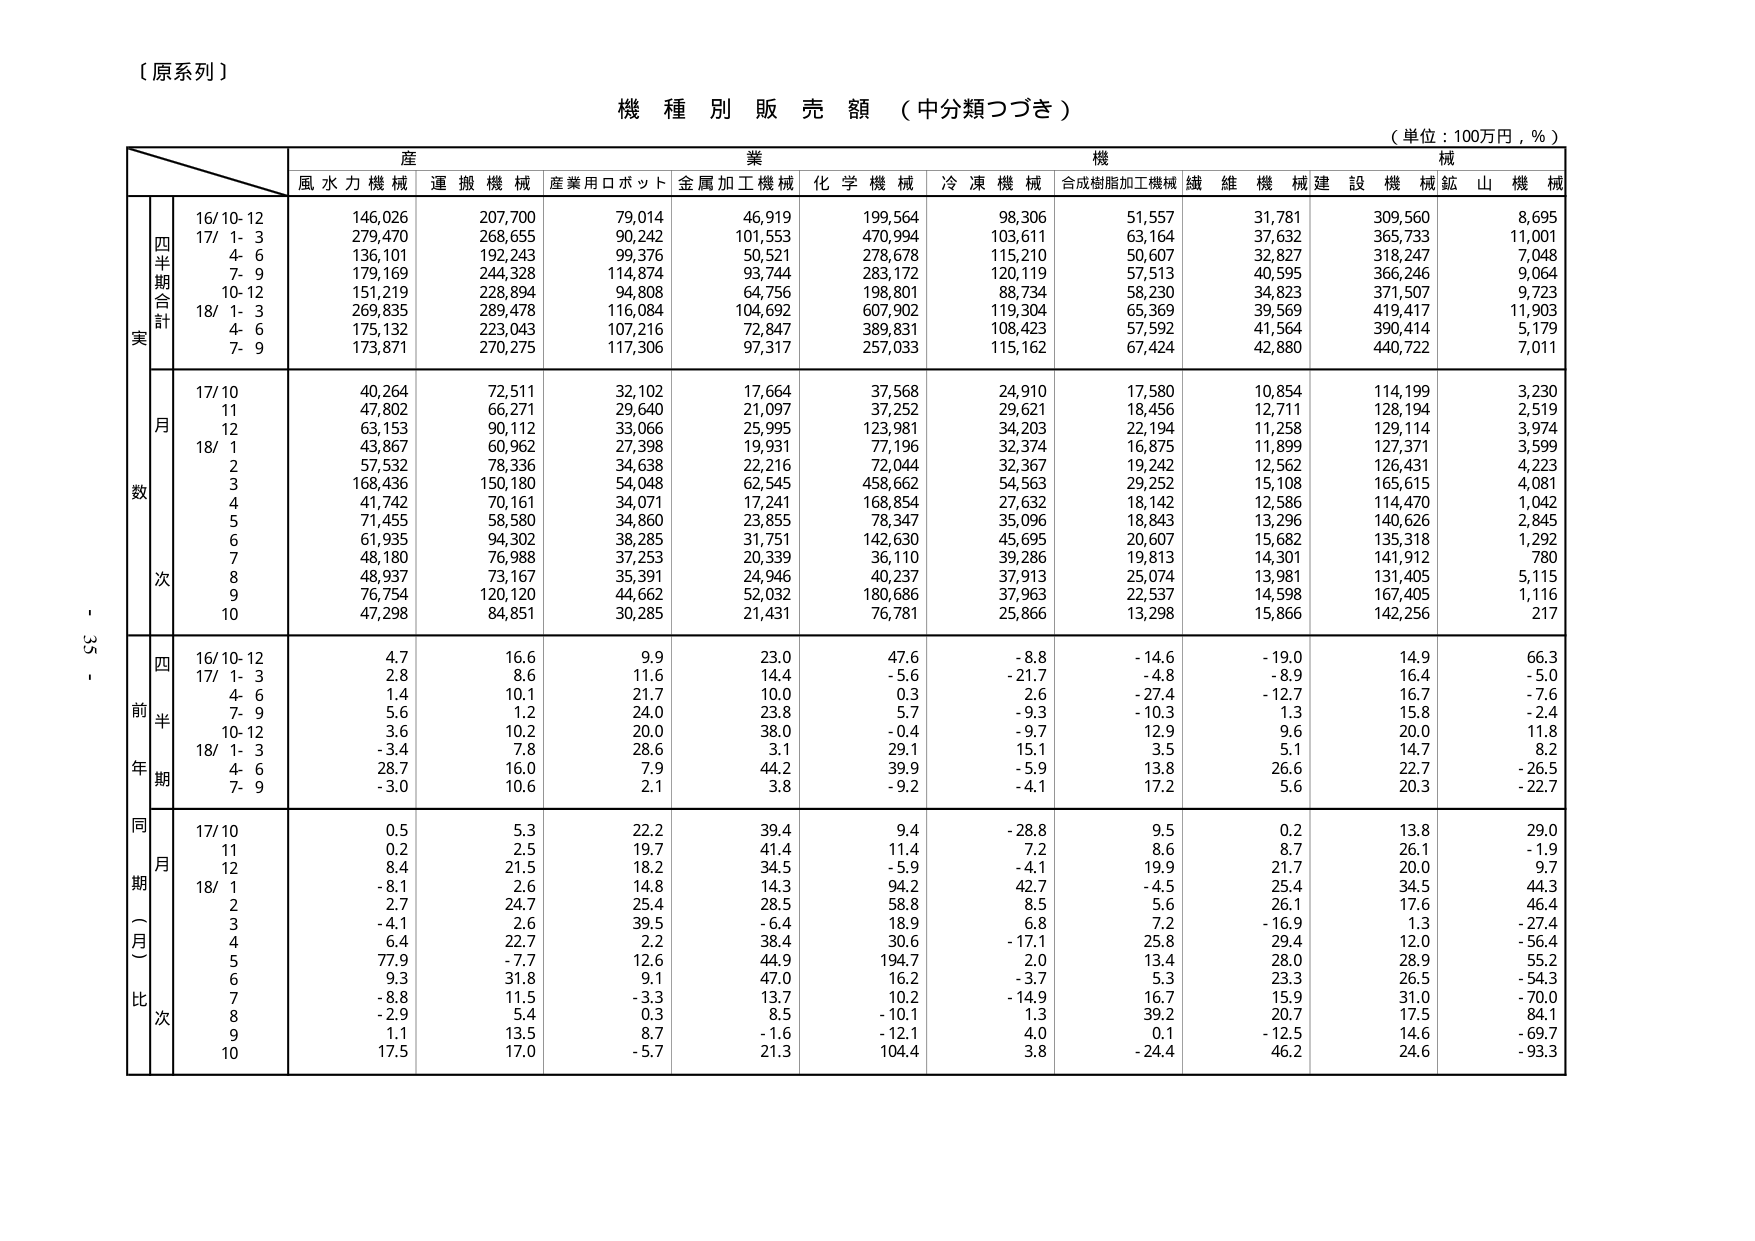
【原系列】

機種別販売額（中分類つづき）
（単位：100万円，％）

産業機械
風水力機械 運搬機械 産業用ロボット 金属加工機械 化学機械 冷凍機械 合成樹脂加工機械 繊維機械 建設機械 鉱山機械

四半期合計
実
16/10-12 146,026 207,700 79,014 46,919 199,564 98,306 51,557 31,781 309,560 8,695
17/ 1- 3 279,470 268,655 90,242 101,553 470,994 103,611 63,164 37,632 365,733 11,001
4- 6 136,101 192,243 99,376 50,521 278,678 115,210 50,607 32,827 318,247 7,048
7- 9 179,169 244,328 114,874 93,744 283,172 120,119 57,513 40,595 366,246 9,064
10-12 151,219 228,894 94,808 64,756 198,801 88,734 58,230 34,823 371,507 9,723
18/ 1- 3 269,835 289,478 116,084 104,692 607,902 119,304 65,369 39,569 419,417 11,903
4- 6 175,132 223,043 107,216 72,847 389,831 108,423 57,592 41,564 390,414 5,179
7- 9 173,871 270,275 117,306 97,317 257,033 115,162 67,424 42,880 440,722 7,011

月数
次
17/10 40,264 72,511 32,102 17,664 37,568 24,910 17,580 10,854 114,199 3,230
11 47,802 66,271 29,640 21,097 37,252 29,621 18,456 12,711 128,194 2,519
12 63,153 90,112 33,066 25,995 123,981 34,203 22,194 11,258 129,114 3,974
18/ 1 43,867 60,962 27,398 19,931 77,196 32,374 16,875 11,899 127,371 3,599
2 57,532 78,336 34,638 22,216 72,044 32,367 19,242 12,562 126,431 4,223
3 168,436 150,180 54,048 62,545 458,662 54,563 29,252 15,108 165,615 4,081
4 41,742 70,161 34,071 17,241 168,854 27,632 18,142 12,586 114,470 1,042
5 71,455 58,580 34,860 23,855 78,347 35,096 18,843 13,296 140,626 2,845
6 61,935 94,302 38,285 31,751 142,630 45,695 20,607 15,682 135,318 1,292
7 48,180 76,988 37,253 20,339 36,110 39,286 19,813 14,301 141,912 780
8 48,937 73,167 35,391 24,946 40,237 37,913 25,074 13,981 131,405 5,115
9 76,754 120,120 44,662 52,032 180,686 37,963 22,537 14,598 167,405 1,116
10 47,298 84,851 30,285 21,431 76,781 25,866 13,298 15,866 142,256 217

四半期
前年
16/10-12 4.7 16.6 9.9 23.0 47.6 -8.8 -14.6 -19.0 14.9 66.3
17/ 1- 3 2.8 8.6 11.6 14.4 -5.6 -21.7 -4.8 -8.9 16.4 -5.0
4- 6 1.4 10.1 21.7 10.0 0.3 2.6 -27.4 -12.7 16.7 -7.6
7- 9 5.6 1.2 24.0 23.8 5.7 -9.3 -10.3 1.3 15.8 -2.4
10-12 3.6 10.2 20.0 38.0 -0.4 -9.7 12.9 9.6 20.0 11.8
18/ 1- 3 -3.4 7.8 28.6 3.1 29.1 15.1 3.5 5.1 14.7 8.2
4- 6 28.7 16.0 7.9 44.2 39.9 -5.9 13.8 26.6 22.7 -26.5
7- 9 -3.0 10.6 2.1 3.8 -9.2 -4.1 17.2 5.6 20.3 -22.7

同期（月）比次
17/10 0.5 5.3 22.2 39.4 9.4 -28.8 9.5 0.2 13.8 29.0
11 0.2 2.5 19.7 41.4 11.4 7.2 8.6 8.7 26.1 -1.9
12 8.4 21.5 18.2 34.5 -5.9 -4.1 19.9 21.7 20.0 9.7
18/ 1 -8.1 2.6 14.8 14.3 94.2 42.7 -4.5 25.4 34.5 44.3
2 2.7 24.7 25.4 28.5 58.8 8.5 5.6 26.1 17.6 46.4
3 -4.1 2.6 39.5 -6.4 18.9 6.8 7.2 -16.9 1.3 -27.4
4 6.4 22.7 2.2 38.4 30.6 -17.1 25.8 29.4 12.0 -56.4
5 77.9 -7.7 12.6 44.9 194.7 2.0 13.4 28.0 28.9 55.2
6 9.3 31.8 9.1 47.0 16.2 -3.7 5.3 23.3 26.5 -54.3
7 -8.8 11.5 -3.3 13.7 10.2 -14.9 16.7 15.9 31.0 -70.0
8 -2.9 5.4 0.3 8.5 -10.1 1.3 39.2 20.7 17.5 84.1
9 1.1 13.5 8.7 -1.6 -12.1 4.0 0.1 -12.5 14.6 -69.7
10 17.5 17.0 -5.7 21.3 104.4 3.8 -24.4 46.2 24.6 -93.3

- 33 -